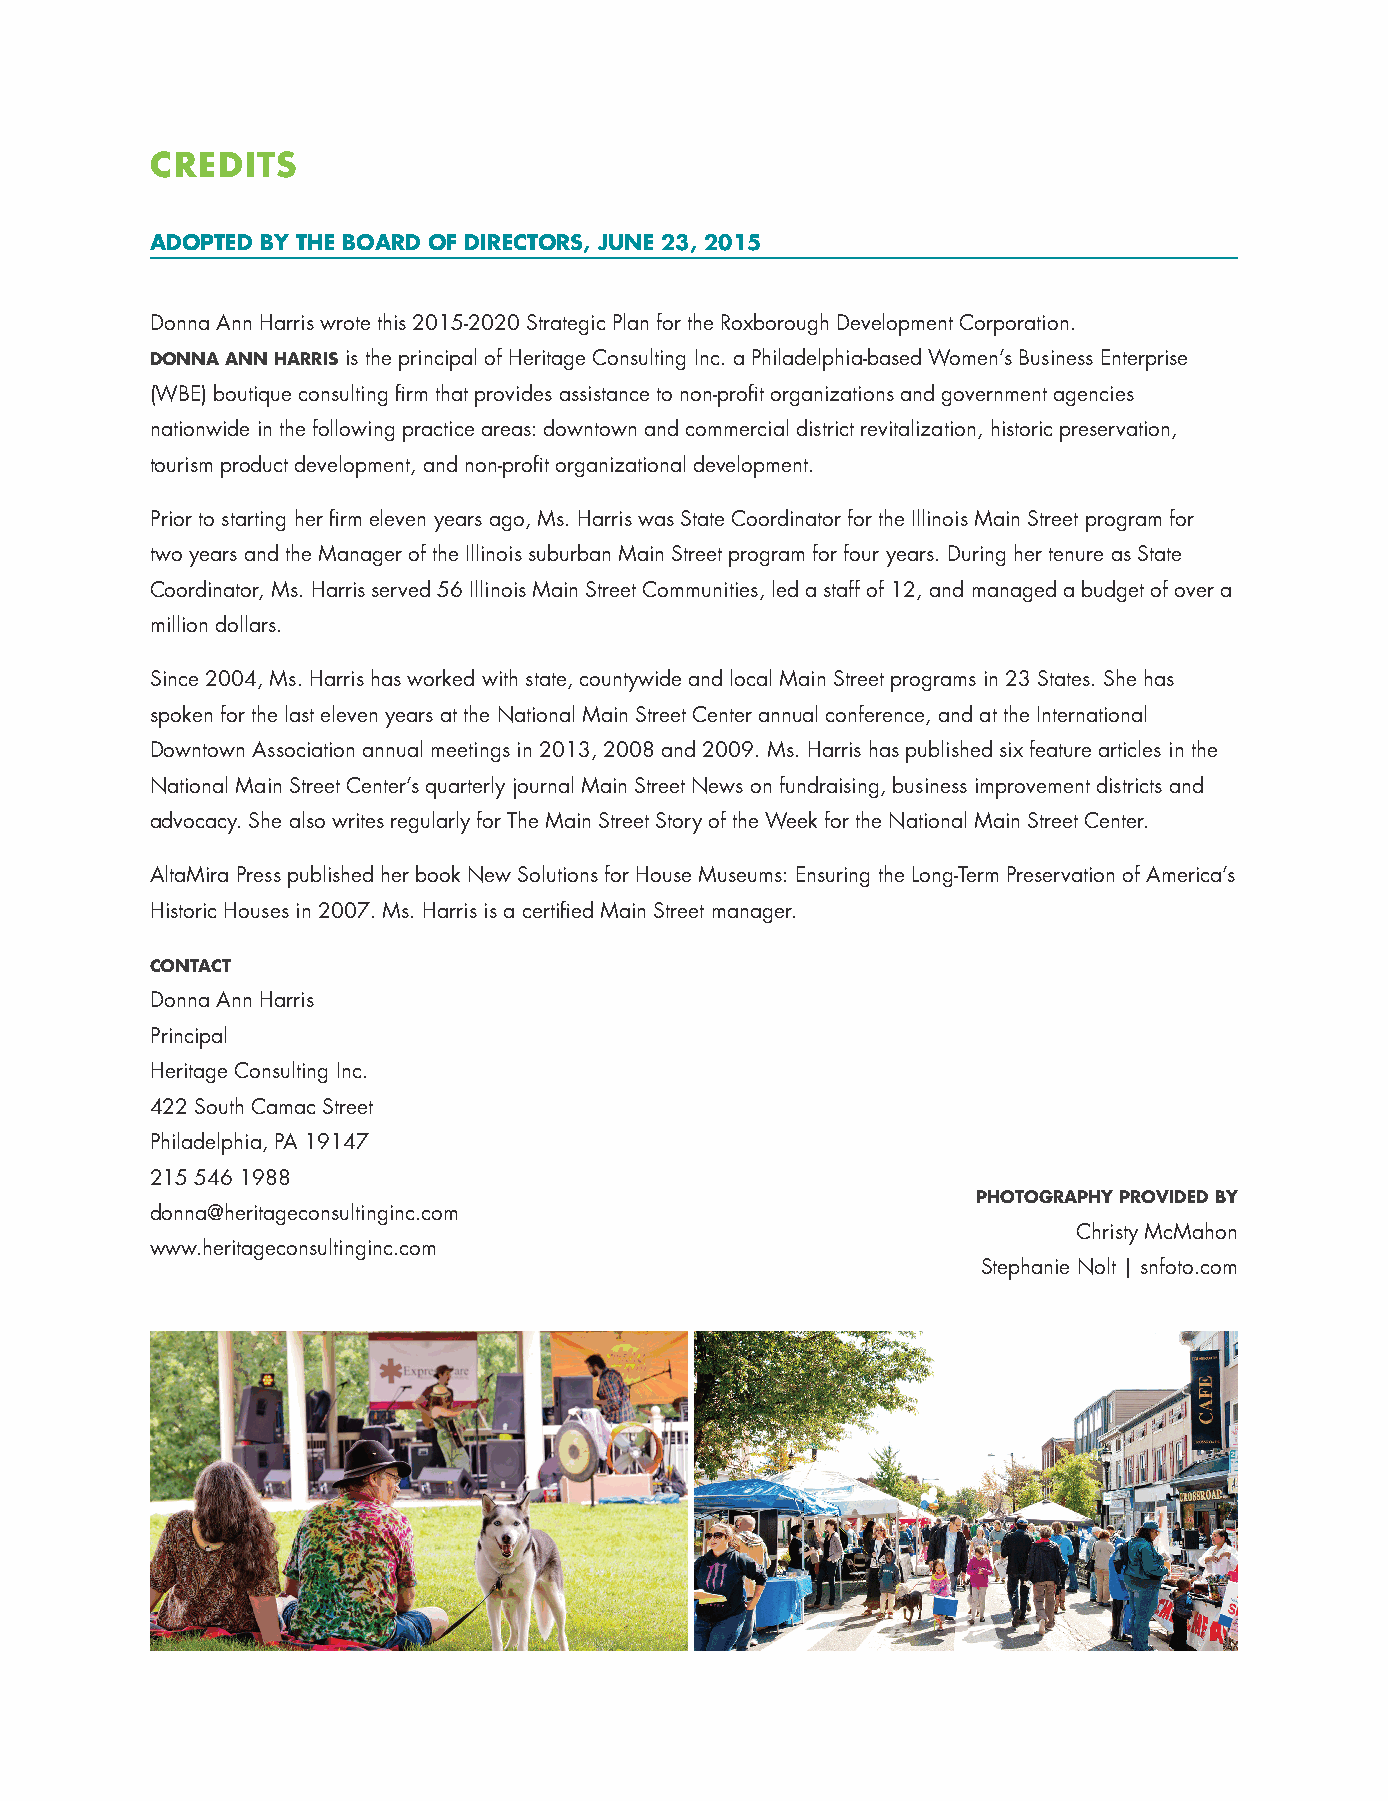
CREDITS
 ADOPTED BY THE BOARD OF DIRECTORS, JUNE 23, 2015
 Donna Ann Harris wrote this 2015-2020 Strategic Plan for the Roxborough Development Corporation.
 DONNA ANN HARRIS is the principal of Heritage Consulting Inc. a Philadelphia-based Women’s Business Enterprise
 (WBE) boutique consulting firm that provides assistance to non-profit organizations and government agencies
 nationwide in the following practice areas: downtown and commercial district revitalization, historic preservation,
 tourism product development, and non-profit organizational development.
 Prior to starting her firm eleven years ago, Ms. Harris was State Coordinator for the Illinois Main Street program for
 two years and the Manager of the Illinois suburban Main Street program for four years. During her tenure as State
 Coordinator, Ms. Harris served 56 Illinois Main Street Communities, led a staff of 12, and managed a budget of over a
 million dollars.
 Since 2004, Ms. Harris has worked with state, countywide and local Main Street programs in 23 States. She has
 spoken for the last eleven years at the National Main Street Center annual conference, and at the International
 Downtown Association annual meetings in 2013, 2008 and 2009. Ms. Harris has published six feature articles in the
 National Main Street Center’s quarterly journal Main Street News on fundraising, business improvement districts and
 advocacy. She also writes regularly for The Main Street Story of the Week for the National Main Street Center.
 AltaMira Press published her book New Solutions for House Museums: Ensuring the Long-Term Preservation of America’s
 Historic Houses in 2007. Ms. Harris is a certified Main Street manager.
 CONTACT
 Donna Ann Harris
 Principal
 Heritage Consulting Inc.
 422 South Camac Street
 Philadelphia, PA 19147
 215 546 1988
 PHOTOGRAPHY PROVIDED BY
 donna@heritageconsultinginc.com
 Christy McMahon
 www.heritageconsultinginc.com
 Stephanie Nolt | snfoto.com